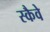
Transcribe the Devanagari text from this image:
स्कैवे